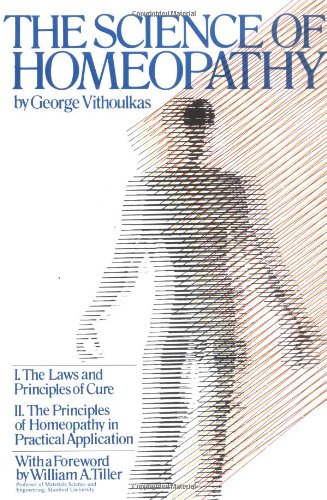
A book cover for The Science of Homeopathy; George Vithoulkas; Health, Fitness & Dieting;